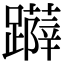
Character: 𨆳